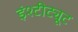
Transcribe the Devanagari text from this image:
इंश्टीट्यूट